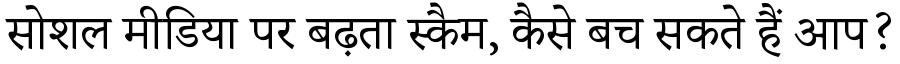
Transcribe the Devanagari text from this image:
सोशल मीडिया पर बढ़ता स्कैम, कैसे बच सकते हैं आप?